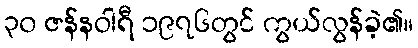
၃၀ ဇန်နဝါရီ ၁၉၇၆တွင် ကွယ်လွန်ခဲ့၏။